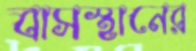
বাসস্থানের